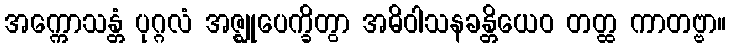
အက္ကောသန္တံ ပုဂ္ဂလံ အဇ္ဈုပေက္ခိတွာ အဓိဝါသနခန္တိယေဝ တတ္ထ ကာတဗ္ဗာ။